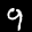
Label: 9